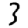
Digit: 3